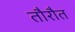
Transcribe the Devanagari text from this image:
तौरौत